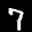
Label: 7